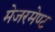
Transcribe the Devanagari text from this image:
मेजरमेण्ट